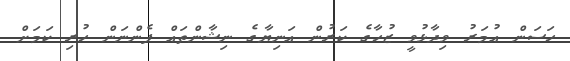
ހަސަން އުމަރު ވިދާޅުވީ ޒުހާގެ ކަރުން އަނިޔާގެ ނިޝާންތައް ފެންނަން ހުރި ކަމަށް